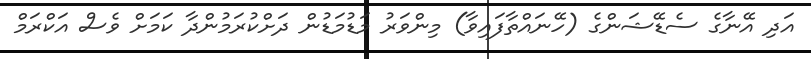
އަދި އޭނާގެ ސެޑޭޝަންގެ (ހޭނައްތާފައިވާ) މިންވަރު މަޑުމަޑުން ދަށްކުރަމުންދާ ކަމަށް ވެސް އަކްރަމް